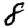
Digit: 8